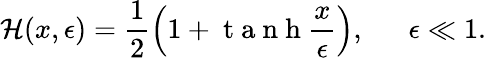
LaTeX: \mathcal{H}(x,\epsilon)=\frac{1}{2}\left(1+\mathrm{~t~a~n~h~}\frac{x}{\epsilon}\right),~~~~~~\epsilon\ll 1.